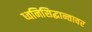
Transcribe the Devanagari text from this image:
ध्वनिसिद्धान्तावर